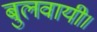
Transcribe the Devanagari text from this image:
बुलवायी।